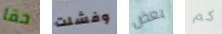
حقا وفشلت بعض كم